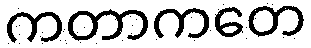
ကတာကတေ